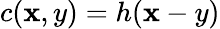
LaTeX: c(\mathbf{x},y)=h(\mathbf{x}-y)